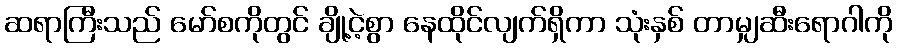
ဆရာကြီးသည် မော်စကိုတွင် ချို့ငဲ့စွာ နေထိုင်လျက်ရှိကာ သုံးနှစ် တာမျှဆီးရောဂါကို